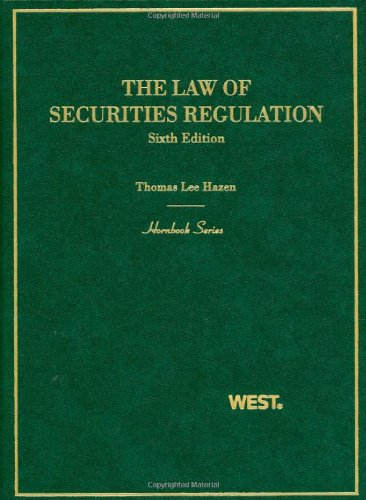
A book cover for The Law of Securities Regulation (Hornbook); Thomas Hazen; Law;